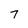
Character: 7